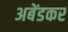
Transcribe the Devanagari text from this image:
अबेंडकर